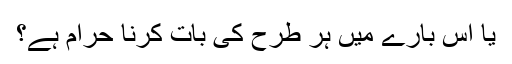
یا اس بارے میں ہر طرح کی بات کرنا حرام ہے؟